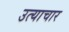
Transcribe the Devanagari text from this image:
उत्याचार